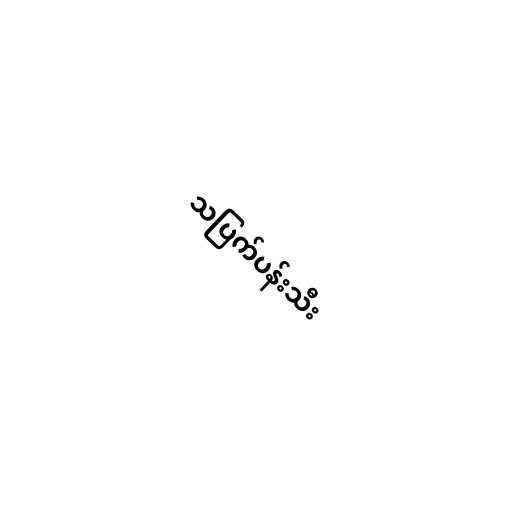
သပြက်ပန်းသီး